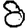
Digit: 8